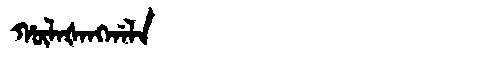
Manchu: ᡥᡡᠯᠠᡧᠠᠩᡤᠠᠯᠠ
Romanization: HŪLAŠANGGALA